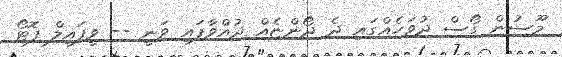
މޫސުން ގޯސް ދުވަހެއްގައި ދެ ދޯންޏެއް ދުއްވާފައި ވަނީ -- ވީފައިލް ފޮޓޯ